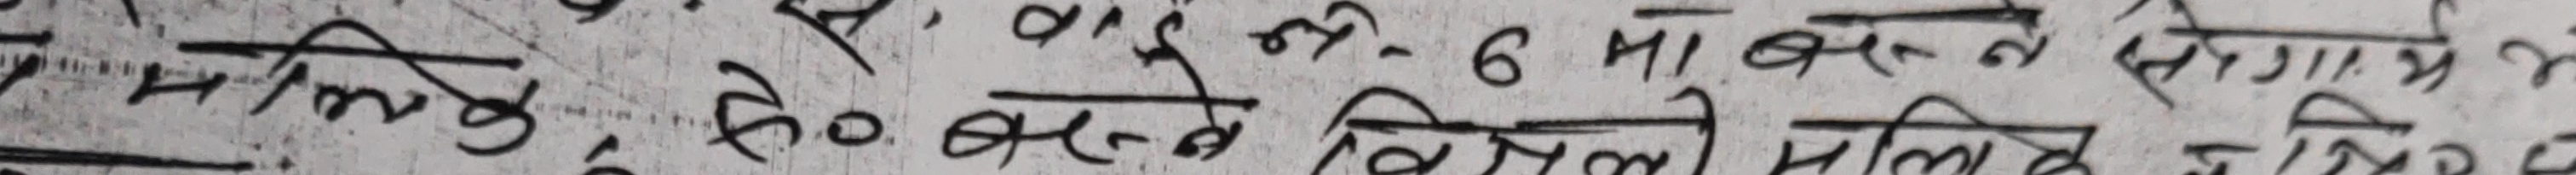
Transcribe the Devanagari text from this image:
मान्य होगी, यदि १. 6 मा बसेर बिक्री गरिए